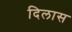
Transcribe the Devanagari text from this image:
दिलास